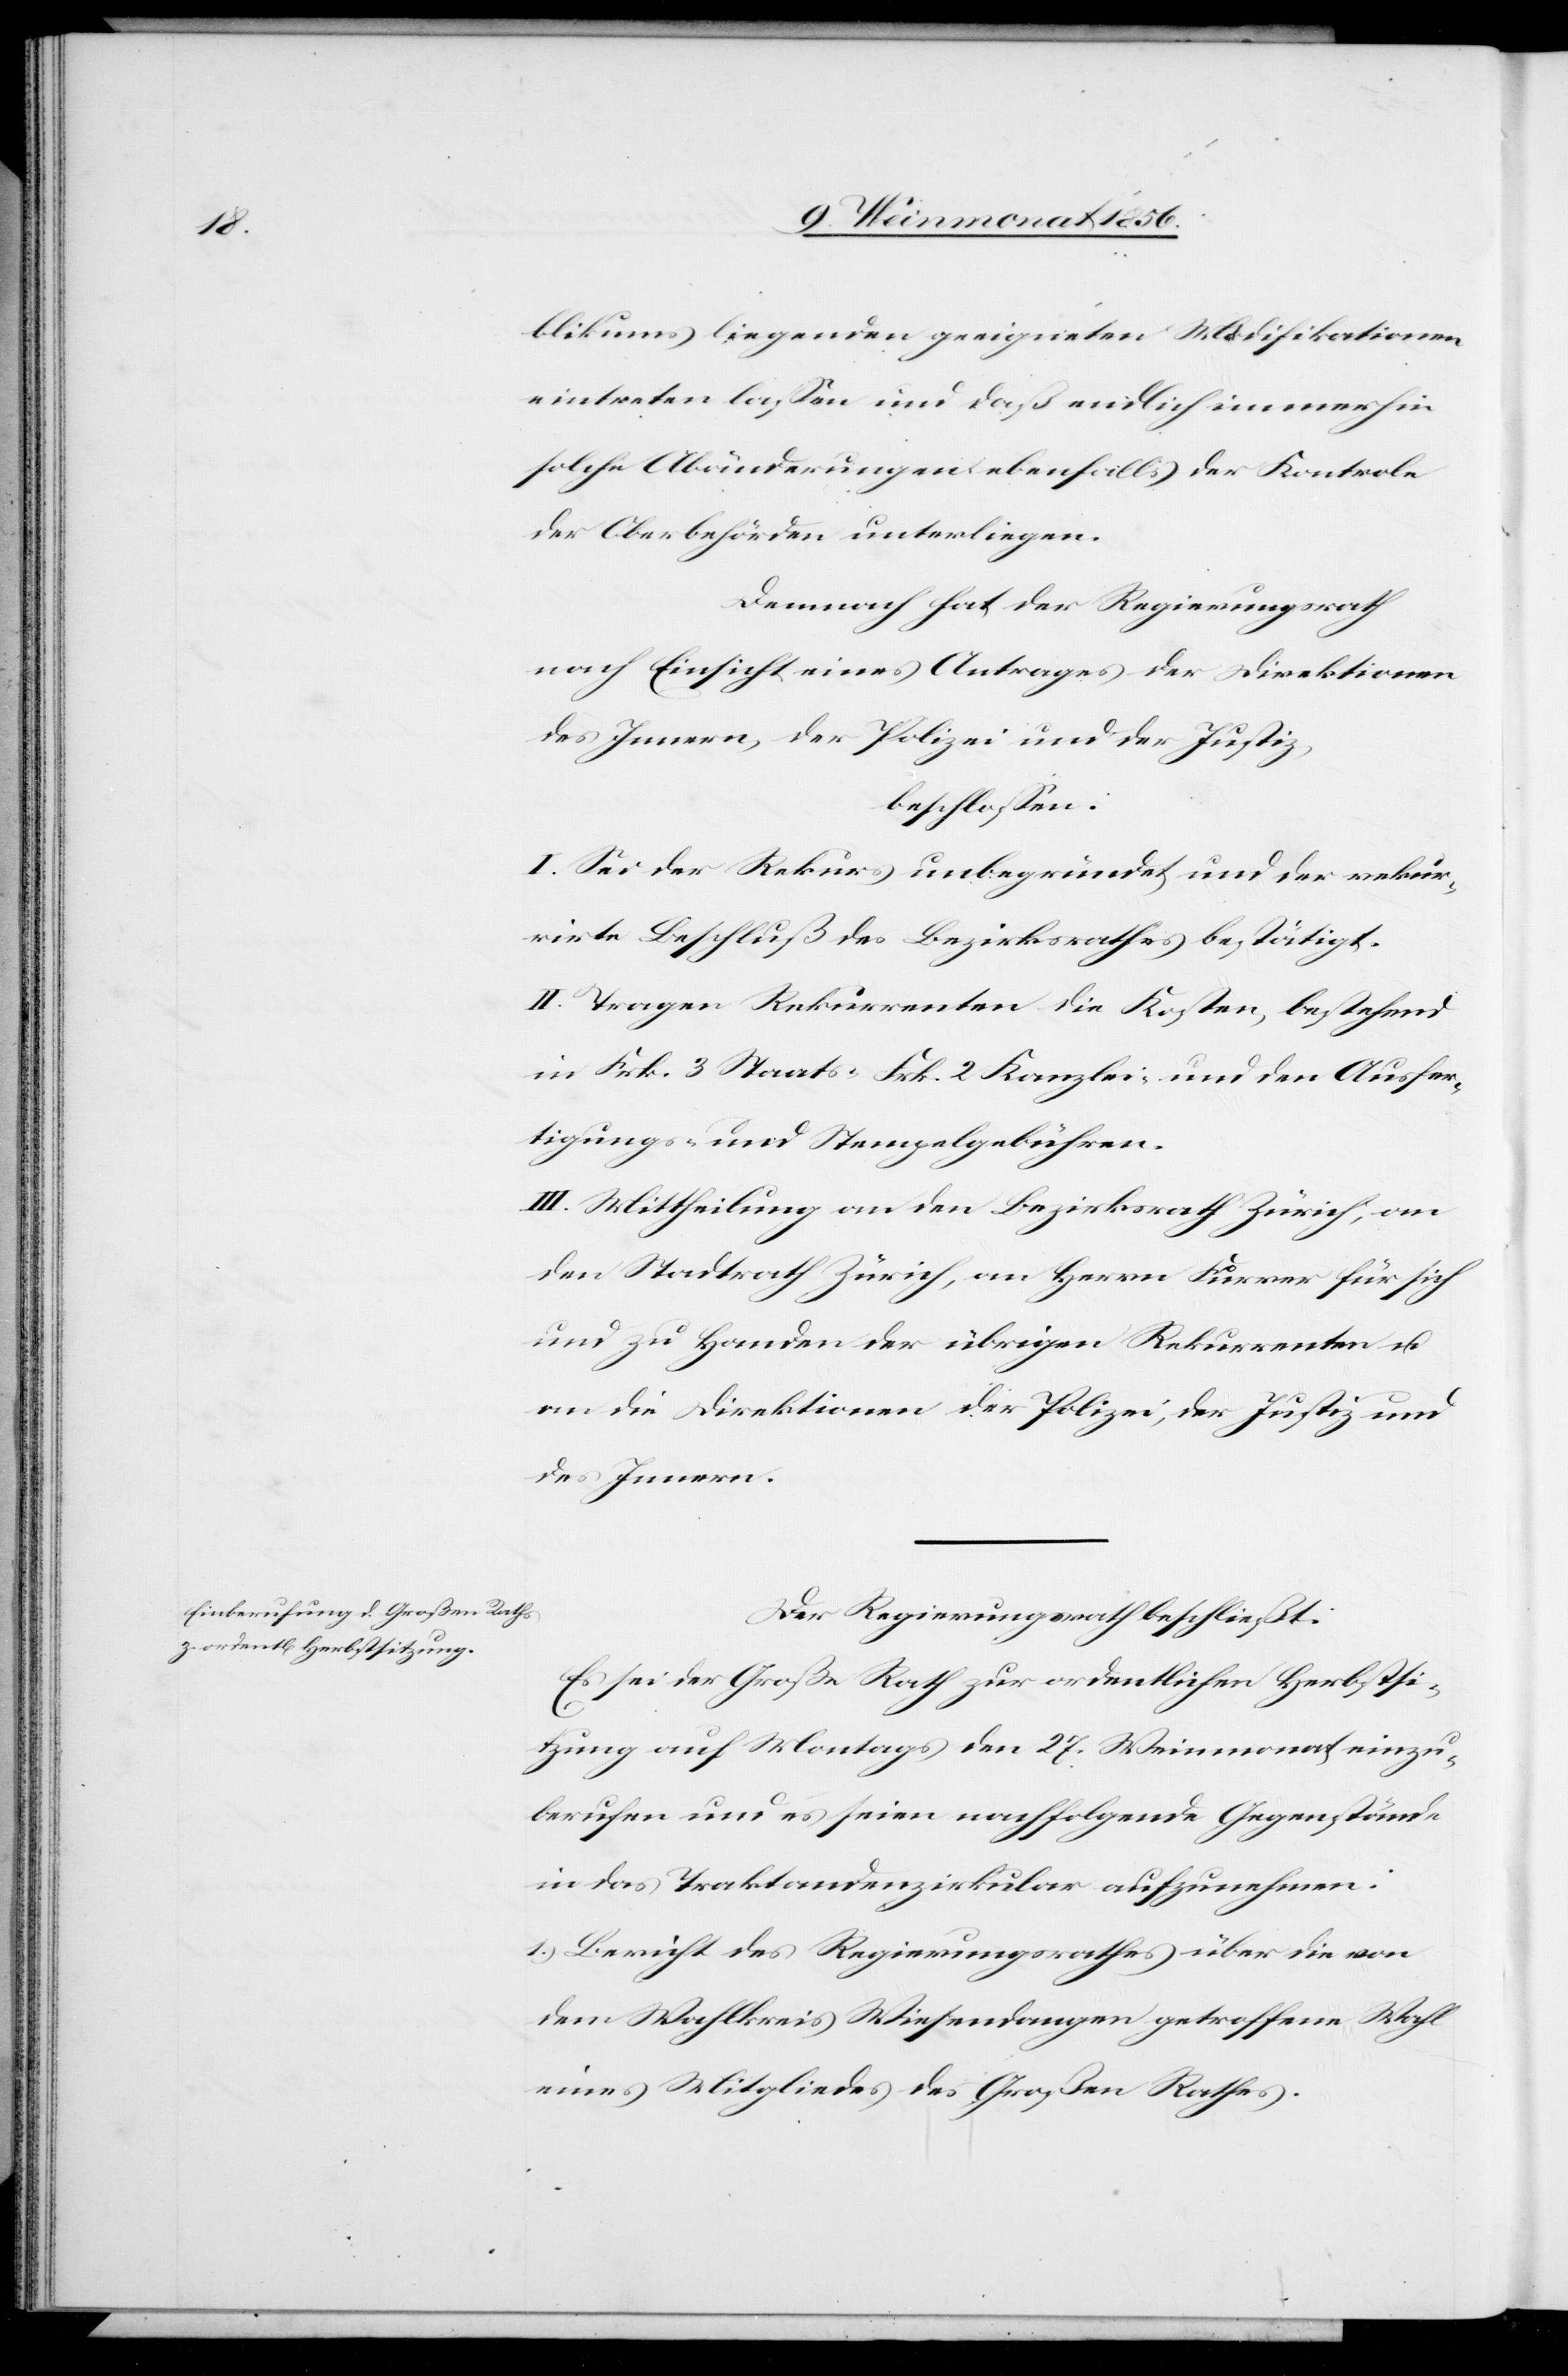
blikums liegenden geeigneten Modifikationen
eintreten lassen und daß endlich immerhin
solche Abänderungen ebenfalls der Kontrole
der Oberbehörden unterliegen.
Demnach hat der Regierungsrath
nach Einsicht eines Antrages der Direktionen
des Innern, der Polizei und der Justiz,
beschlossen:
I. Sei der Rekurs unbegründet und der rekur¬
rirte Beschluß des Bezirksrathes bestätigt.
II. Tragen Rekurrenten die Kosten, bestehend
in Frk. 3 Staats-[,] Frk. 2 Kanzlei- und den Ausfer¬
tigungs- und Stempelgebühren.
III. Mittheilung an den Bezirksrath Zürich, an
den Stadtrath Zürich, an Herrn Furrer für sich
und zu Handen der übrigen Rekurrenten u.
an die Direktionen der Polizei, der Justiz und
des Innern.
Der Regierungsrath beschließt:
Es sei der Große Rath zur ordentlichen Herbstsi¬
tzung auf Montags den 27. Weinmonat einzu¬
berufen und es seien nachfolgende Gegenstände
in das Traktandenzirkular aufzunehmen:
1. Bericht des Regierungsrathes über die von
dem Wahlkreis Wiesendangen getroffene Wahl
eines Mitgliedes des Großen Rathes.